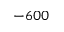
- 6 0 0